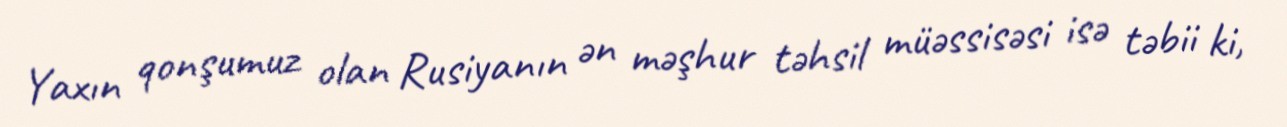
Yaxın qonşumuz olan Rusiyanın ən məşhur təhsil müəssisəsi isə təbii ki,